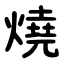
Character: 燒